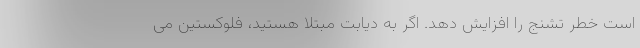
است خطر تشنج را افزایش دهد. اگر به دیابت مبتلا هستید، فلوکستین می